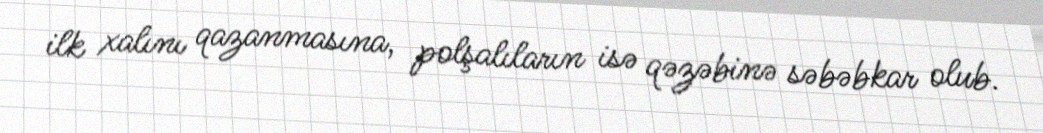
ilk xalını qazanmasına, polşalıların isə qəzəbinə səbəbkar olub.